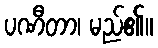
ပဏီတာ၊ မည်၏။